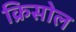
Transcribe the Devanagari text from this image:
क्रिसोल